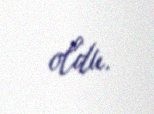
oldu.